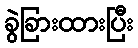
ခွဲခြားထားပြီး